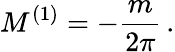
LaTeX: M^{(1)}=-\frac{m}{2\pi}\, .